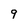
Character: 9